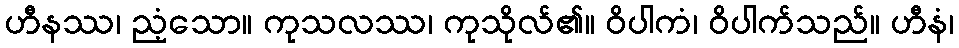
ဟီနဿ၊ ညံ့သော။ ကုသလဿ၊ ကုသိုလ်၏။ ဝိပါကံ၊ ဝိပါက်သည်။ ဟီနံ၊